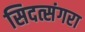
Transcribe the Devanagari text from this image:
सिदत्संगरा